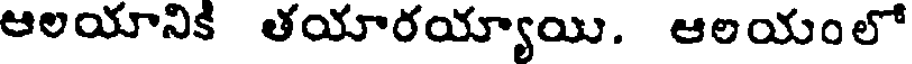
ఆలయానికి తయారయ్యాయి. ఆలయంలో